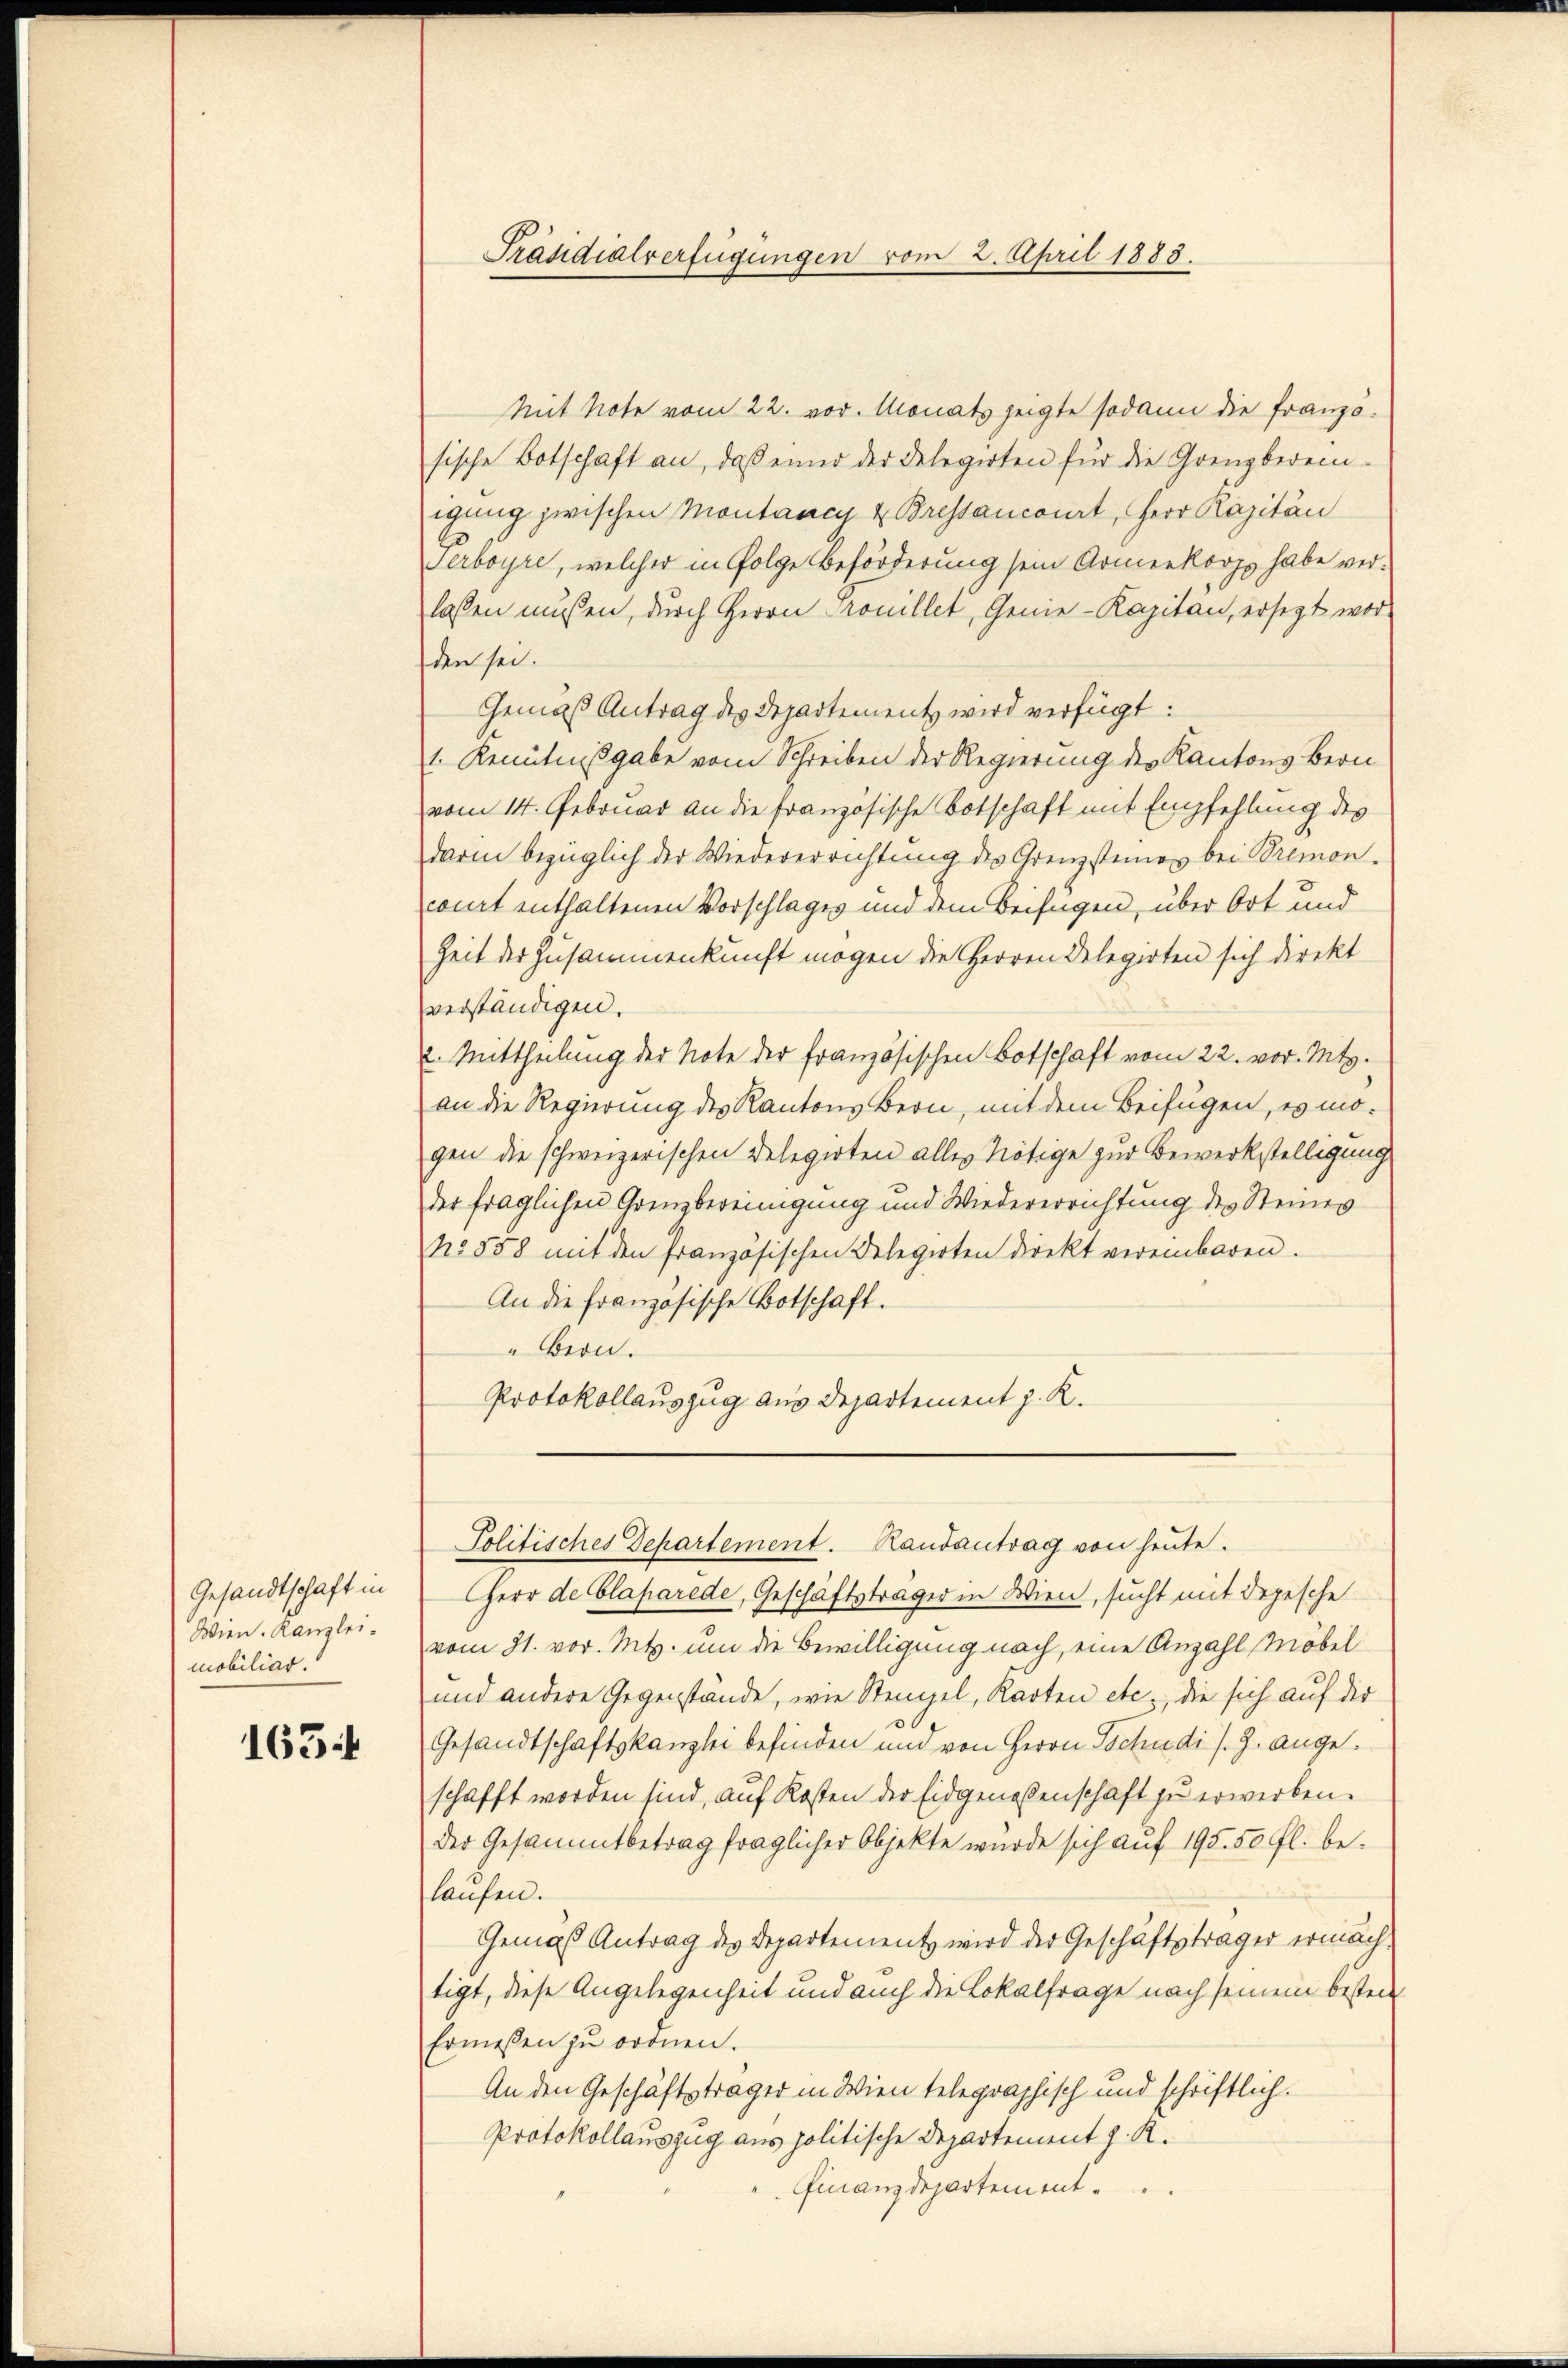
Gesandtschaft in
Wien. Kanzlei.
mobiliar.

165

Präsidialverfügungen vom 2. April 1883.

Politisches Departement. Randantrag von heŭte.

Mit Note vom 22. vor. Monats zeigte sodann die Französische Botschaft an, daß einer der Delegirten für die Grenzberein-
igung zwischen Montancy & Bressancourt, Herr Kapitän
Serboyre, welcher in Folge Beförderung sein Armeekorps habe ver-
lassen müssen, durch Herrn Trouillet, Genie-Kapitan, ersetzt wor-
den sei.
Gemäß Antrag des Departement wird verfügt:
1. Kenntnißgabe vom Schreiben der Regierung der Kantons Bern
vom 14. Februar an die französische Botschaft mit Empfehlung des
darin bezüglich der Wiedererrichtung des Grenzsteines bei Bremon-
comit enthaltenen Vorschlages und dem Beifügen, über Ort und
Zeit der Zusammenkunft mögen die Herren Delegirten sich direkt
verständigen.
2. Mittheilung der Note der französischen Botschaft vom 22. vor. Mts.
an die Regierung des Kantons Bern, mit dem Beifügen, es mogen die schweizerischen Delegirten alles Nötige zur Bewerkstelligung
der fraglichen Grenzbereinigung und Wiedererrichtung des Steines
No 858 mit den französischen Delegirten direkt vereinbaren.
An die französische Botschaft.
"Bern.
Protokollauszug aus Departement J. K.

Herr de Claparede, Geschäftsträger in Wien, sucht mit Depesche
vom 31. vor. Mts. um die Bewilligung nach, eine Anzahl, Möbel
und andere Gegenstände, wie Stempel, Karten etc., die sich auf die
Gesandtschaftskanzlei befinden und von Herrn Tschudi s. Z. angeschafft worden sind, auf Kosten der Eidgenossenschaft zu erwerben.
der Gesammtbetrag fraglicher Objekte wurde sich auf 195. 50 fl. belaufen.
Gemäß Antrag des Departement wird der Geschäftsträger ermächtigt, diese Angelegenheit und auch die Lokalfrage nach seinem besten
Ermessen zu ordnen.
An den Geschäftsträger in Wien telegraphisch und schriftlich.
Protokollauszug aus politische Departement J. R.
Finanzdepartement.